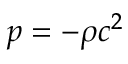
p = - \rho c ^ { 2 }